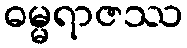
ဓမ္မရာဇဿ